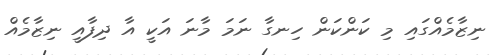
ނިޒާމެއްގައި މި ކަންކަން ހިނގާ ނަމަ މާނަ އަކީ އާ ދިފާއީ ނިޒާމެއް